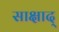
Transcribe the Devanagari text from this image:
साक्षाद्